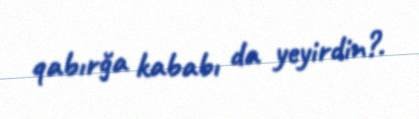
qabırğa kababı da yeyirdin?.